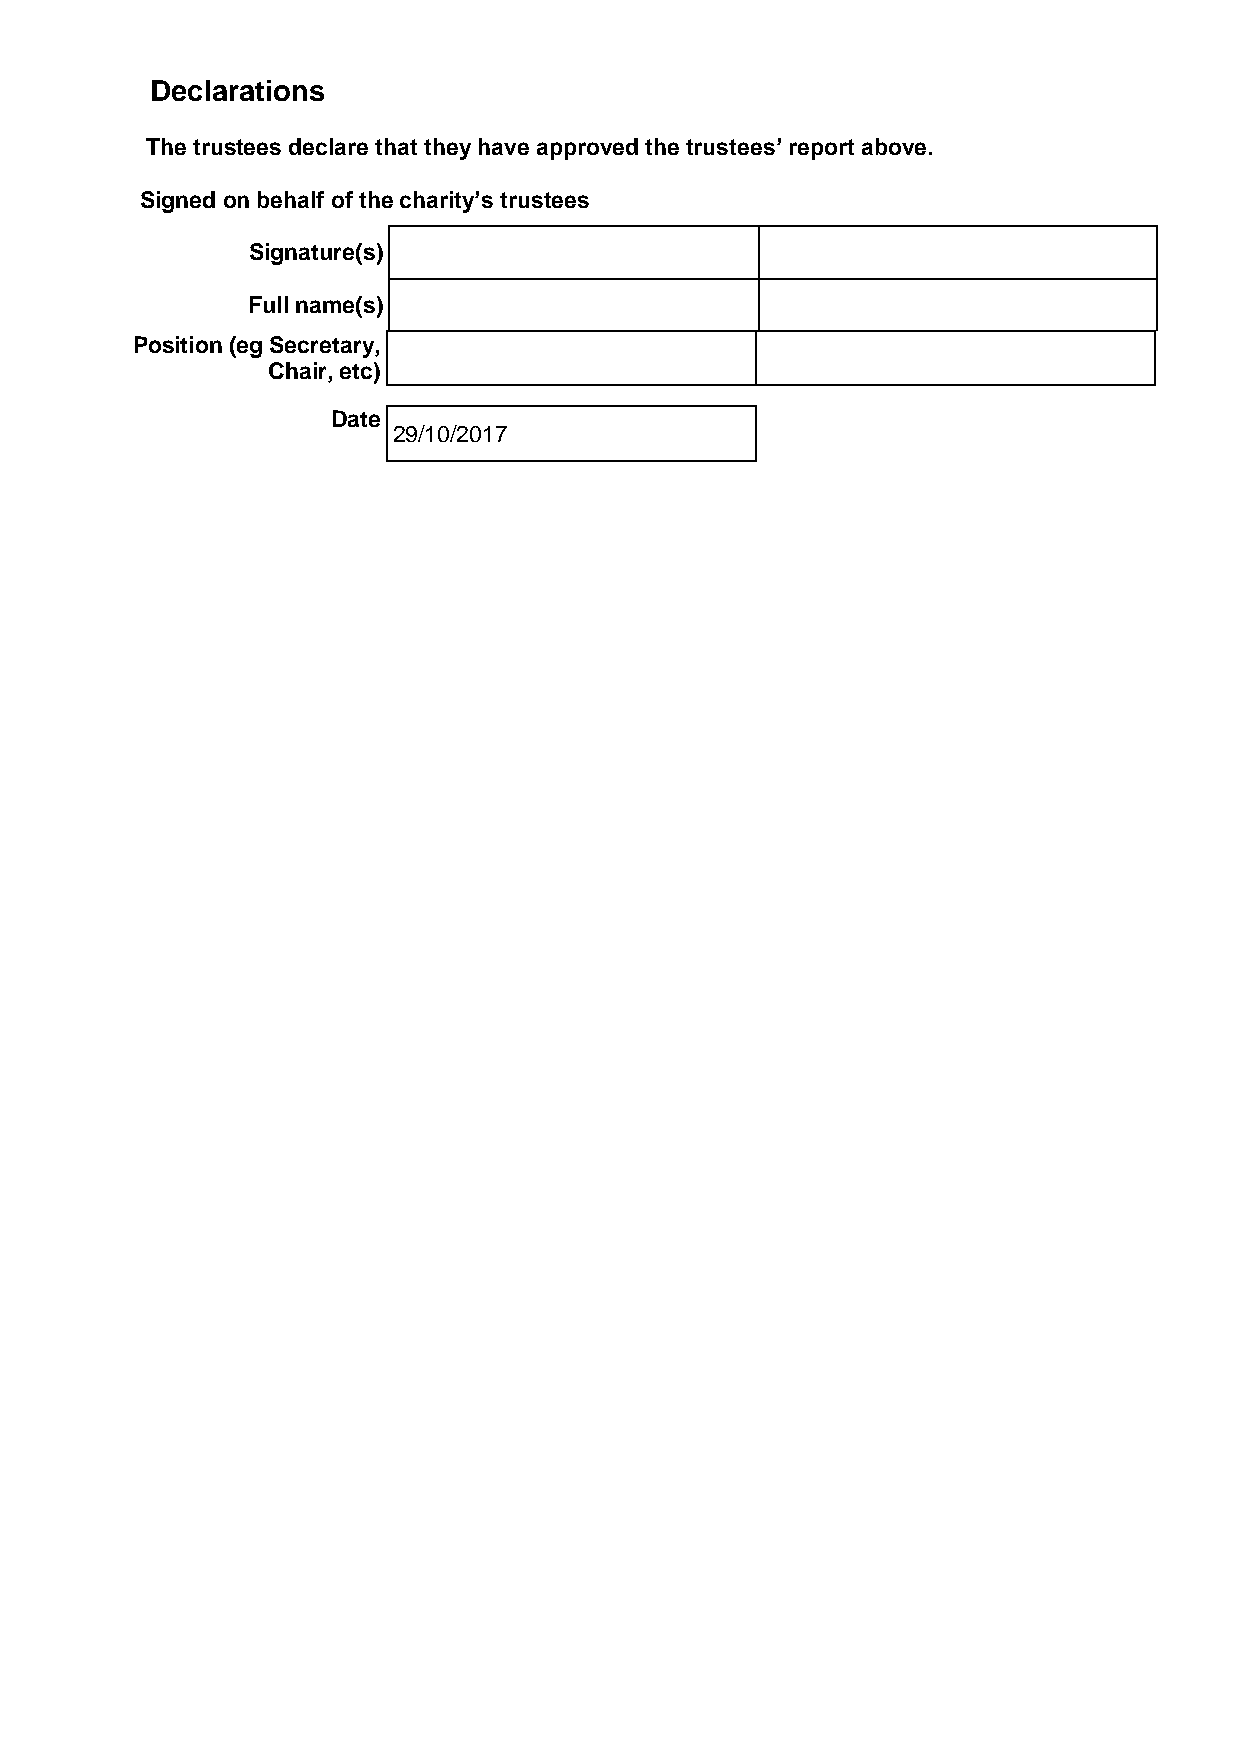
Declarations
 The trustees declare that they have approved the trustees’ report above.
 Signed on behalf of the charity’s trustees
 Signature(s)
 Full name(s)
 Position (eg Secretary,
 Chair, etc)
 Date
 29/10/2017